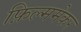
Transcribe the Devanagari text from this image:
फ़िल्ममेकर